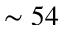
\sim 5 4